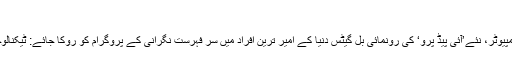
فیس بک فورم
ایپل کے بڑے ’ٹیبلٹ‘کمپیوٹر، نئے’آئی پیڈ پرو‘ کی رونمائی بِل گیٹس دنیا کے امیر ترین افراد میں سر فہرست نگرانی کے پروگرام کو روکا جائے: ٹیکنالوجی کے اداروں کی اپیل